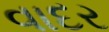
વાદર